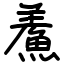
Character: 鮺